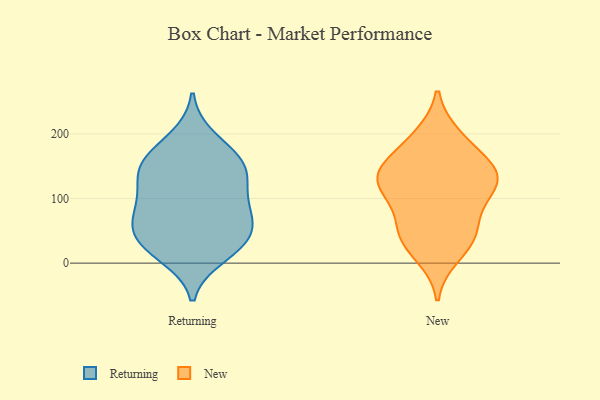
{"axis": {"x": "Market Share (%)", "y": "Value"}, "legend": ["New", "Returning"], "data": [{"x": "", "y": 159, "type": "Returning"}, {"x": "", "y": 21, "type": "Returning"}, {"x": "", "y": 149, "type": "Returning"}, {"x": "", "y": 92, "type": "Returning"}, {"x": "", "y": 194, "type": "Returning"}, {"x": "", "y": 62, "type": "Returning"}, {"x": "", "y": 135, "type": "Returning"}, {"x": "", "y": 74, "type": "Returning"}, {"x": "", "y": 102, "type": "Returning"}, {"x": "", "y": 11, "type": "Returning"}, {"x": "", "y": 30, "type": "Returning"}, {"x": "", "y": 35, "type": "Returning"}, {"x": "", "y": 149, "type": "Returning"}, {"x": "", "y": 66, "type": "Returning"}, {"x": "", "y": 168, "type": "Returning"}, {"x": "", "y": 49, "type": "Returning"}, {"x": "", "y": 121, "type": "Returning"}, {"x": "", "y": 12, "type": "New"}, {"x": "", "y": 190, "type": "New"}, {"x": "", "y": 46, "type": "New"}, {"x": "", "y": 152, "type": "New"}, {"x": "", "y": 37, "type": "New"}, {"x": "", "y": 103, "type": "New"}, {"x": "", "y": 150, "type": "New"}, {"x": "", "y": 132, "type": "New"}, {"x": "", "y": 43, "type": "New"}, {"x": "", "y": 122, "type": "New"}, {"x": "", "y": 67, "type": "New"}, {"x": "", "y": 140, "type": "New"}, {"x": "", "y": 109, "type": "New"}, {"x": "", "y": 131, "type": "New"}, {"x": "", "y": 196, "type": "New"}]}